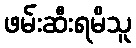
ဖမ်းဆီးရမိသူ